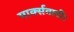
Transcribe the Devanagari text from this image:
मार्क्सवादी।